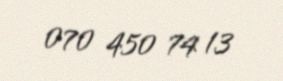
070 450 74 13